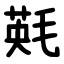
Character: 㲟